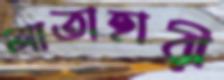
আতাহারী